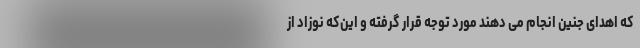
که اهدای جنین انجام می دهند مورد توجه قرار گرفته و این‌که نوزاد از